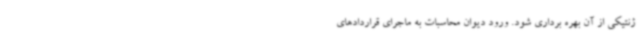
ژنتیکی از آن بهره برداری شود. ورود دیوان محاسبات به ماجرای قراردادهای